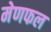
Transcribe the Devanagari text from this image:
मेणफल